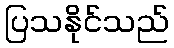
ပြသနိုင်သည်